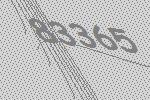
83365